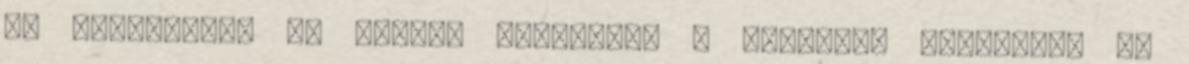
és felismerve az Isteni akaratot, a karmikus devolúció és